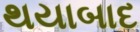
થયાબાદ